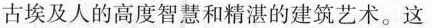
古埃及人的高度智慧和精湛的建筑艺术。这